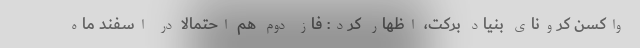
واکسن کرونای بنیاد برکت، اظهار کرد: فاز دوم هم احتمالا در اسفند ماه